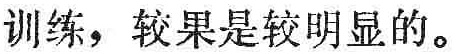
训练，较果是较明显的。